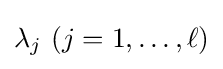
\lambda _{j}\ (j=1,\ldots ,\ell )